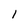
Character: I